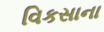
વિકસાના